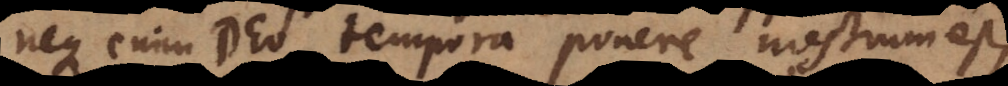
neque enim Deo tempora ponere nostrum est,